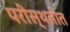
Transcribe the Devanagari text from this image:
परीस्थतीत